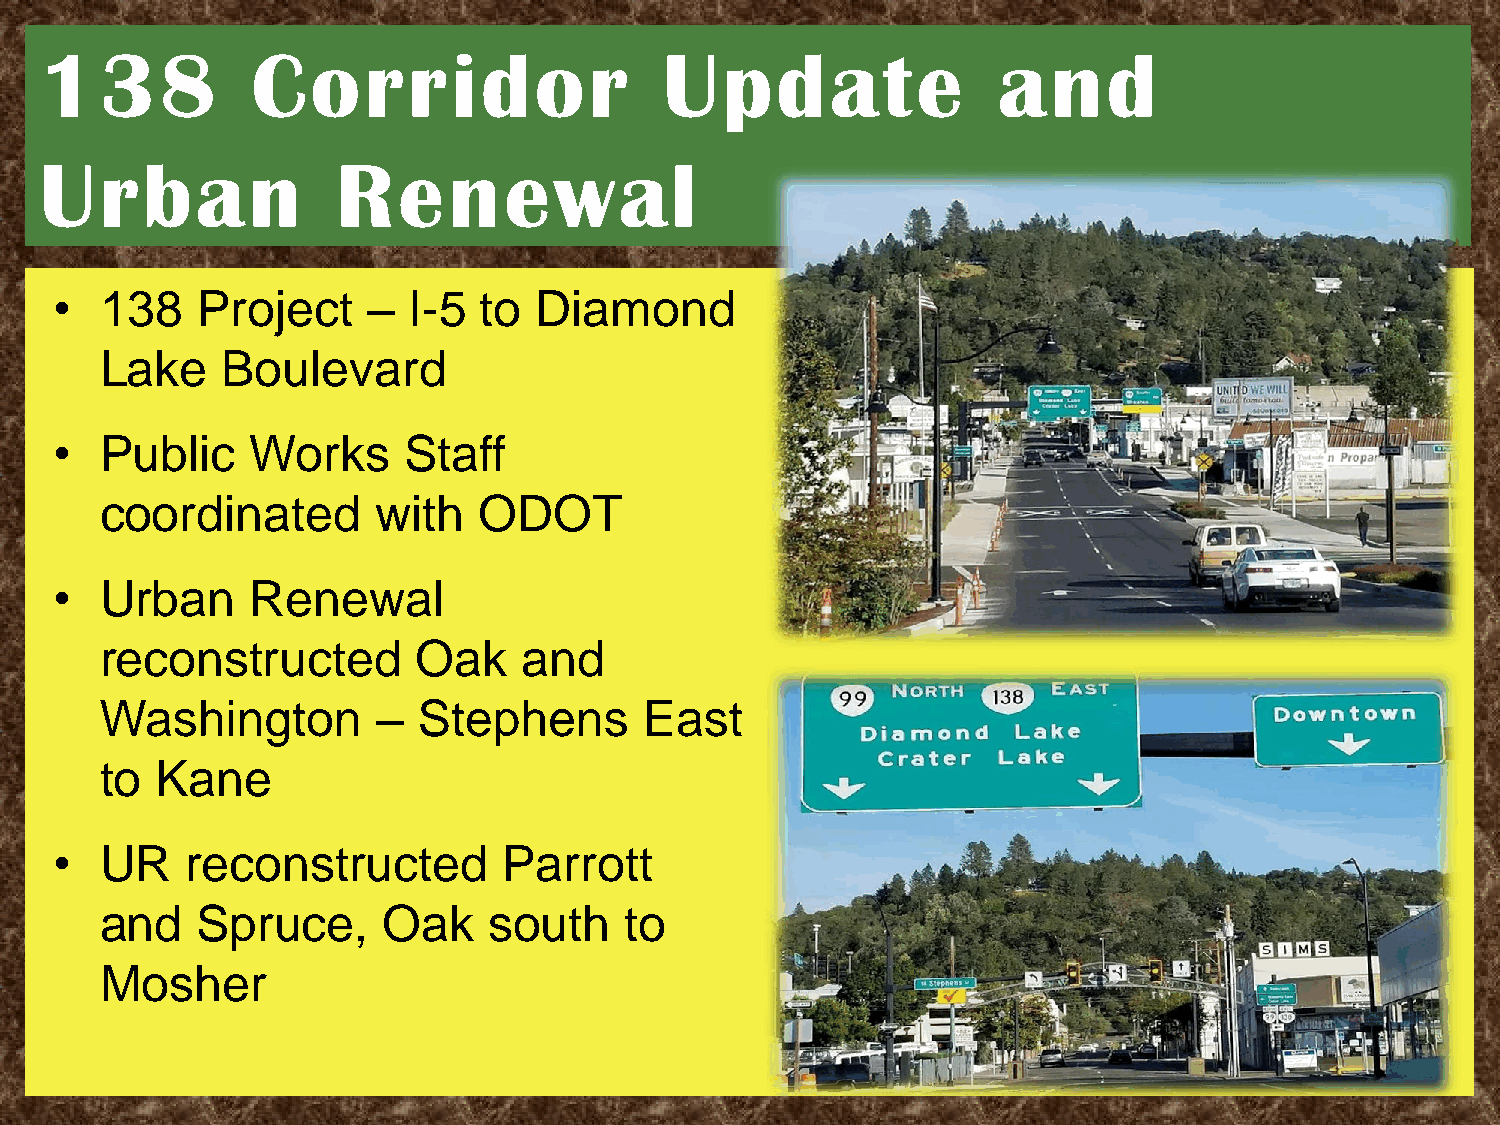
138           Corridor                   Update                and
 Urban              Renewal
 •   138   Project    –  I-5  to Diamond
 Lake    Boulevard
 •   Public    Works     Staff
 coordinated       with   ODOT
 •   Urban     Renewal
 reconstructed        Oak    and
 Washington        –  Stephens       East
 to Kane
 •   UR   reconstructed        Parrott
 and   Spruce,     Oak    south    to
 Mosher